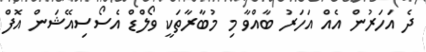
ދެ އަހަރުން އެއް އަހަރު ބާއްވާ މި މުބާރާތަކީ ވޯލްޑް އެސޯސިއޭޝަން އޮފް